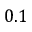
0 . 1